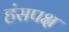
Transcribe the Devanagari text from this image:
हंसपक्ष